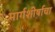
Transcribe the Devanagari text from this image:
मार्गशीर्षाचा